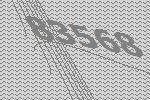
83568